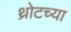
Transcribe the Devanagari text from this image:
थ्रोटच्या